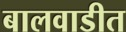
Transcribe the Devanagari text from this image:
बालवाडीत